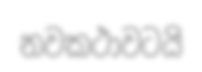
නවකථාවටයි